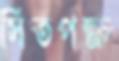
সিতপক্ষ